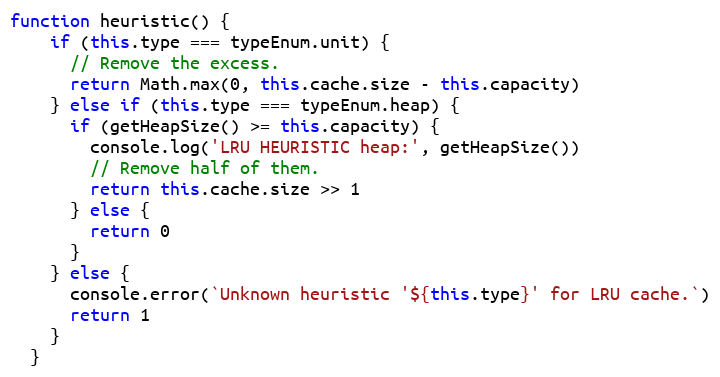
Language: JavaScript
function heuristic() {
    if (this.type === typeEnum.unit) {
      // Remove the excess.
      return Math.max(0, this.cache.size - this.capacity)
    } else if (this.type === typeEnum.heap) {
      if (getHeapSize() >= this.capacity) {
        console.log('LRU HEURISTIC heap:', getHeapSize())
        // Remove half of them.
        return this.cache.size >> 1
      } else {
        return 0
      }
    } else {
      console.error(`Unknown heuristic '${this.type}' for LRU cache.`)
      return 1
    }
  }